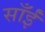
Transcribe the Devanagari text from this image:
साँईं